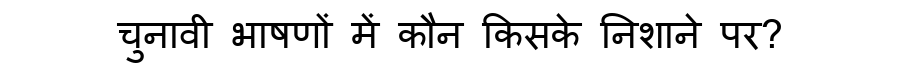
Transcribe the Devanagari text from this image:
चुनावी भाषणों में कौन किसके निशाने पर?